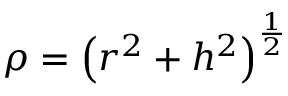
\rho = \left( r ^ { 2 } + h ^ { 2 } \right) ^ { \frac { 1 } { 2 } }